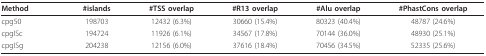
| Method | #islands | #TSS overlap | #R13 overlap | #Alu overlap | #PhastCons overlap |
 | --- | --- | --- | --- | --- | --- |
 | cpg50 | 198703 | 12432 (6.3%) | 30660 (15.4%) | 80323 (40.4%) | 48787 (24.6%) |
 | cpgISc | 194724 | 11926 (6.1%) | 34567 (17.8%) | 70144 (36.0%) | 48930 (25.1%) |
 | cpgISg | 204238 | 12156 (6.0%) | 37616 (18.4%) | 70456 (34.5%) | 52335 (25.6%) |